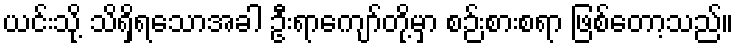
ယင်းသို့ သိရှိရသောအခါ ဦးရာကျော်တို့မှာ စဉ်းစားစရာ ဖြစ်တော့သည်။